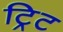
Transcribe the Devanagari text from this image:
ट्रिट